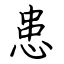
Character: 患